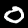
Digit: 0